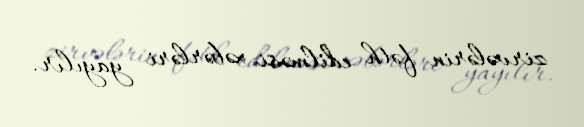
zirvələrin fəth edilməsi xəbərləri yayılır.